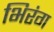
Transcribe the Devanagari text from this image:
भिरंग